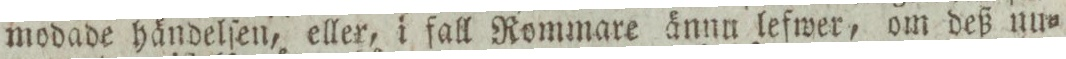
modade händelſen, eller, i fall Rommare ännu lefwer, om deß nu=